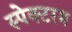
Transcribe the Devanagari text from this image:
स्पेक्टरम